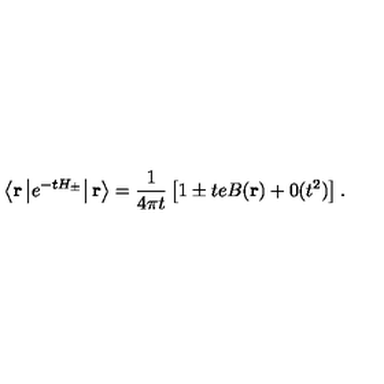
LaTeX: \left\langle { \bf r } \left| e ^ { - t H _ { \pm } } \right| { \bf r } \right\rangle = \displaystyle \frac { 1 } { 4 \pi t } \left[ 1 \pm t e B ( { \bf r } ) + 0 ( t ^ { 2 } ) \right] .